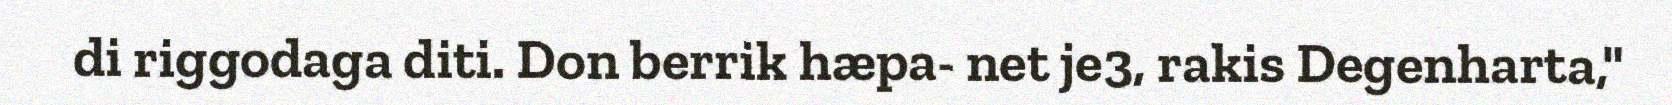
di riggodaga diti. Don berrik hæpa- net je3, rakis Degenharta,"